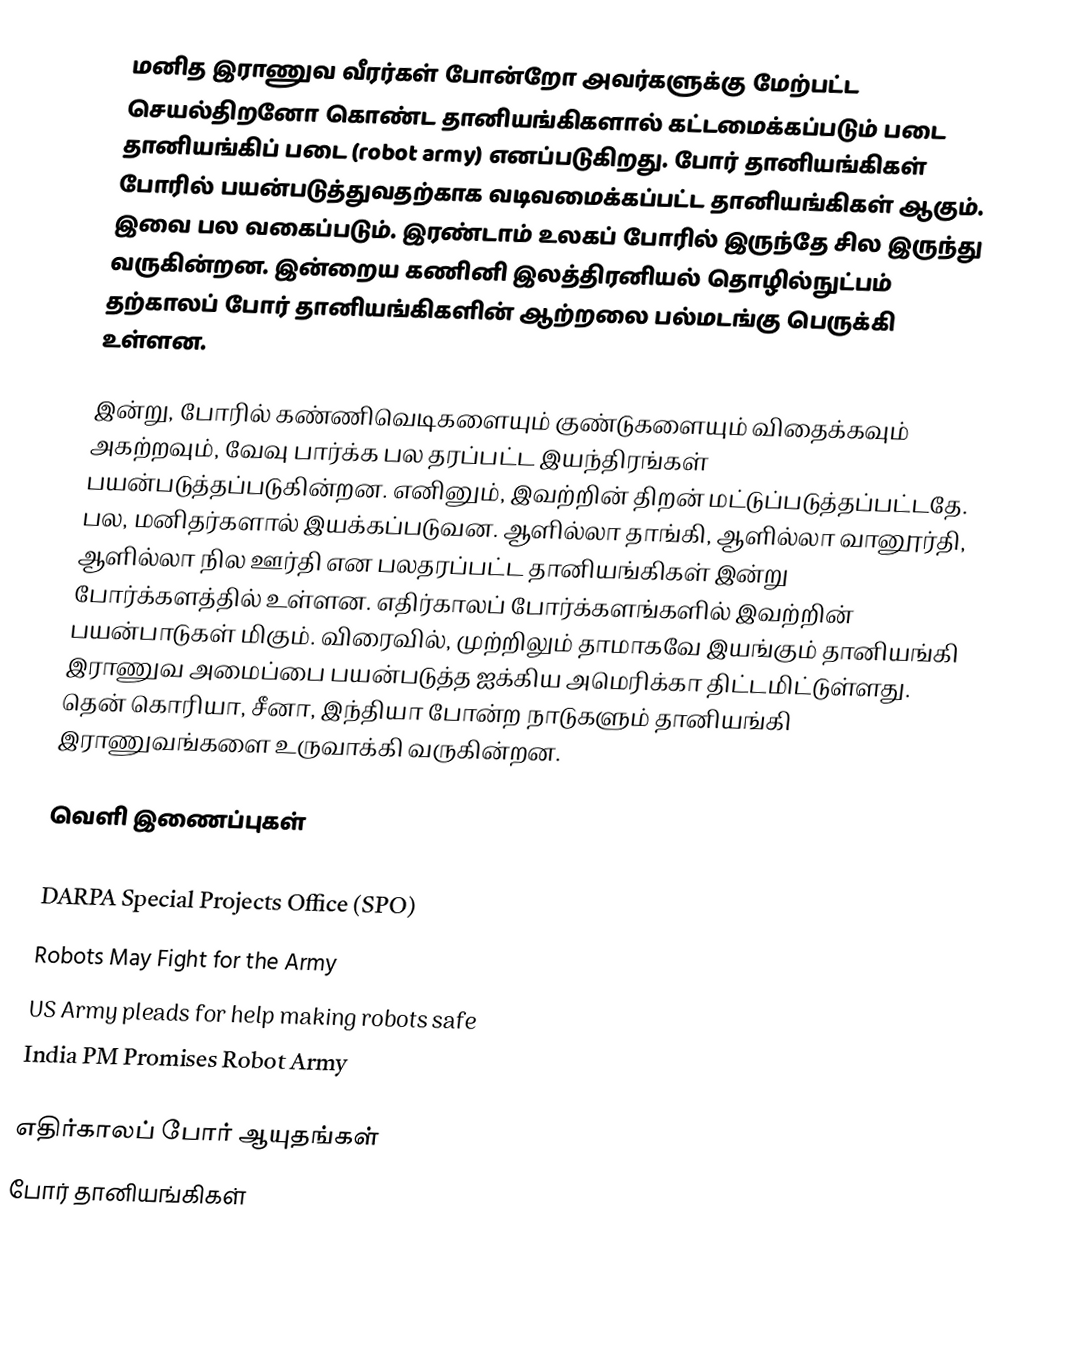
மனித இராணுவ வீரர்கள் போன்றோ அவர்களுக்கு மேற்பட்ட செயல்திறனோ கொண்ட தானியங்கிகளால் கட்டமைக்கப்படும் படை தானியங்கிப் படை (robot army) எனப்படுகிறது. போர் தானியங்கிகள் போரில் பயன்படுத்துவதற்காக வடிவமைக்கப்பட்ட தானியங்கிகள் ஆகும்.  இவை பல வகைப்படும்.  இரண்டாம் உலகப் போரில் இருந்தே சில இருந்து வருகின்றன. இன்றைய கணினி இலத்திரனியல் தொழில்நுட்பம் தற்காலப் போர் தானியங்கிகளின் ஆற்றலை பல்மடங்கு பெருக்கி உள்ளன.

இன்று, போரில் கண்ணிவெடிகளையும் குண்டுகளையும் விதைக்கவும் அகற்றவும், வேவு பார்க்க பல தரப்பட்ட இயந்திரங்கள் பயன்படுத்தப்படுகின்றன. எனினும், இவற்றின் திறன் மட்டுப்படுத்தப்பட்டதே. பல, மனிதர்களால் இயக்கப்படுவன. ஆளில்லா தாங்கி, ஆளில்லா வானூர்தி, ஆளில்லா நில ஊர்தி என பலதரப்பட்ட தானியங்கிகள் இன்று போர்க்களத்தில் உள்ளன.  எதிர்காலப் போர்க்களங்களில் இவற்றின் பயன்பாடுகள் மிகும். விரைவில், முற்றிலும் தாமாகவே இயங்கும் தானியங்கி இராணுவ அமைப்பை பயன்படுத்த ஐக்கிய அமெரிக்கா திட்டமிட்டுள்ளது.  தென் கொரியா, சீனா, இந்தியா போன்ற நாடுகளும் தானியங்கி இராணுவங்களை உருவாக்கி வருகின்றன.

வெளி இணைப்புகள்
 America's Robot Army
 DARPA Special Projects Office (SPO)
 Robots May Fight for the Army
 US Army pleads for help making robots safe
 India PM Promises Robot Army

எதிர்காலப் போர் ஆயுதங்கள்
போர் தானியங்கிகள்